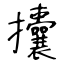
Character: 攮